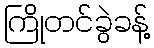
ကြိုတင်ခွဲခန့်